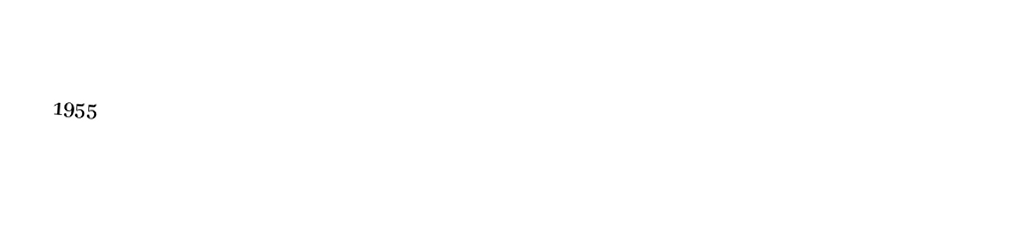

1955